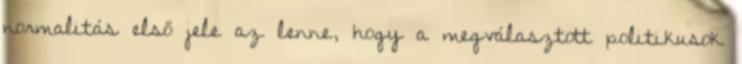
normalitás első jele az lenne, hogy a megválasztott politikusok